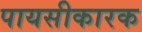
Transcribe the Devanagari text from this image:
पायसीकारक